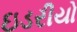
ઇડરીયો